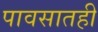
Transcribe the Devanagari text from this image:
पावसातही